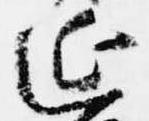
延